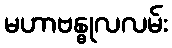
မဟာဗန္ဓုလလမ်း